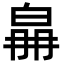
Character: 𤽛